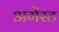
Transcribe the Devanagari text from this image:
अगेंस्‍ट